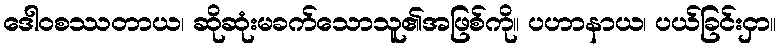
ဒေါဝစဿတာယ၊ ဆိုဆုံးမခက်သောသူ၏အဖြစ်ကို။ ပဟာနာယ၊ ပယ်ခြင်းငှာ။